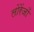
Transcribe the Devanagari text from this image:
लोरेंजों